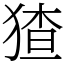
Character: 猹